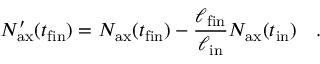
N _ { \mathrm { a x } } ^ { \prime } ( t _ { \mathrm { f i n } } ) = N _ { \mathrm { a x } } ( t _ { \mathrm { f i n } } ) - { \frac { \ell _ { \mathrm { f i n } } } { \ell _ { \mathrm { i n } } } } N _ { \mathrm { a x } } ( t _ { \mathrm { i n } } ) ~ ~ \ .